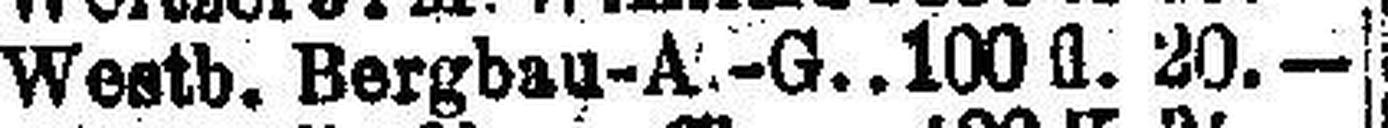
Westb. Bergbau-A.-G. 100 fl. 20.—